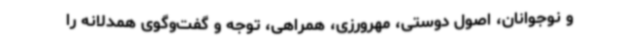
و نوجوانان، اصول دوستی، مهرورزی، همراهی، توجه و گفت‌وگوی همدلانه را